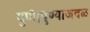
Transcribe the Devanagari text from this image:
पुणे।पुण्याजवळ